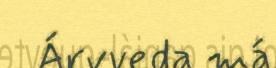
Árvveda má.